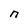
Character: n